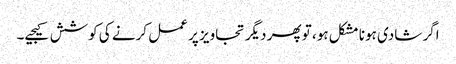
اگر شادی ہونا مشکل ہو، تو پھر دیگر تجاویز پر عمل کرنے کی کوشش کیجیے۔